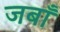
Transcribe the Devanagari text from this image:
जबाँ